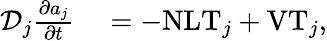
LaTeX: \begin{array}{rl}{\mathcal{D}_{j}\frac{\partial a_{j}}{\partial t}}&{{}=-\textnormal{NLT}_{j}+\textnormal{VT}_{j},}\end{array}